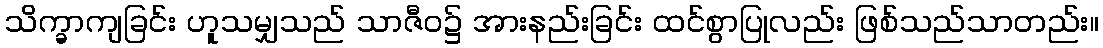
သိက္ခာကျခြင်း ဟူသမျှသည် သာဇီဝ၌ အားနည်းခြင်း ထင်စွာပြုလည်း ဖြစ်သည်သာတည်း။